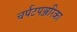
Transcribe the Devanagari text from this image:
चर्पटपञ्जरिका